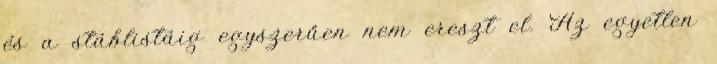
és a stáblistáig egyszerűen nem ereszt el. Az egyetlen